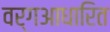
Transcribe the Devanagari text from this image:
वर्गआधारित